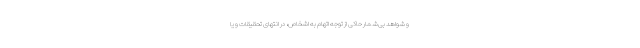
و شواهد بی‌شمار حاکی از توجه اتهام به اشخاص، در انتهای تحقیقات و یا